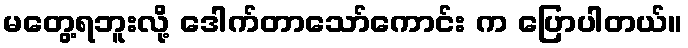
မတွေ့ရဘူးလို့ ဒေါက်တာသော်ကောင်း က ပြောပါတယ်။